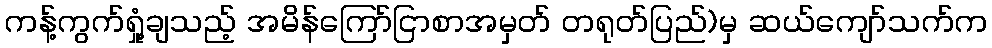
ကန့်ကွက်ရှုံ့ချသည့် အမိန်ကြော်ငြာစာအမှတ် တရုတ်ပြည်)မှ ဆယ်ကျော်သက်က